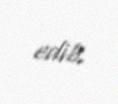
edib.